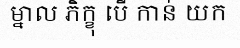
ម្នាល ភិក្ខុ បើ កាន់ យក